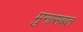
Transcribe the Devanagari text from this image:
मुनासबत